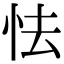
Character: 怯